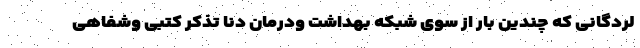
لردگانی که چندین بار از سوی شبکه بهداشت ودرمان دنا تذکر کتبی وشفاهی